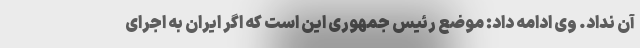
آن نداد. وی ادامه داد: موضع رئیس جمهوری این است که اگر ایران به اجرای